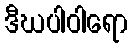
ဒီဃပါဝါရော